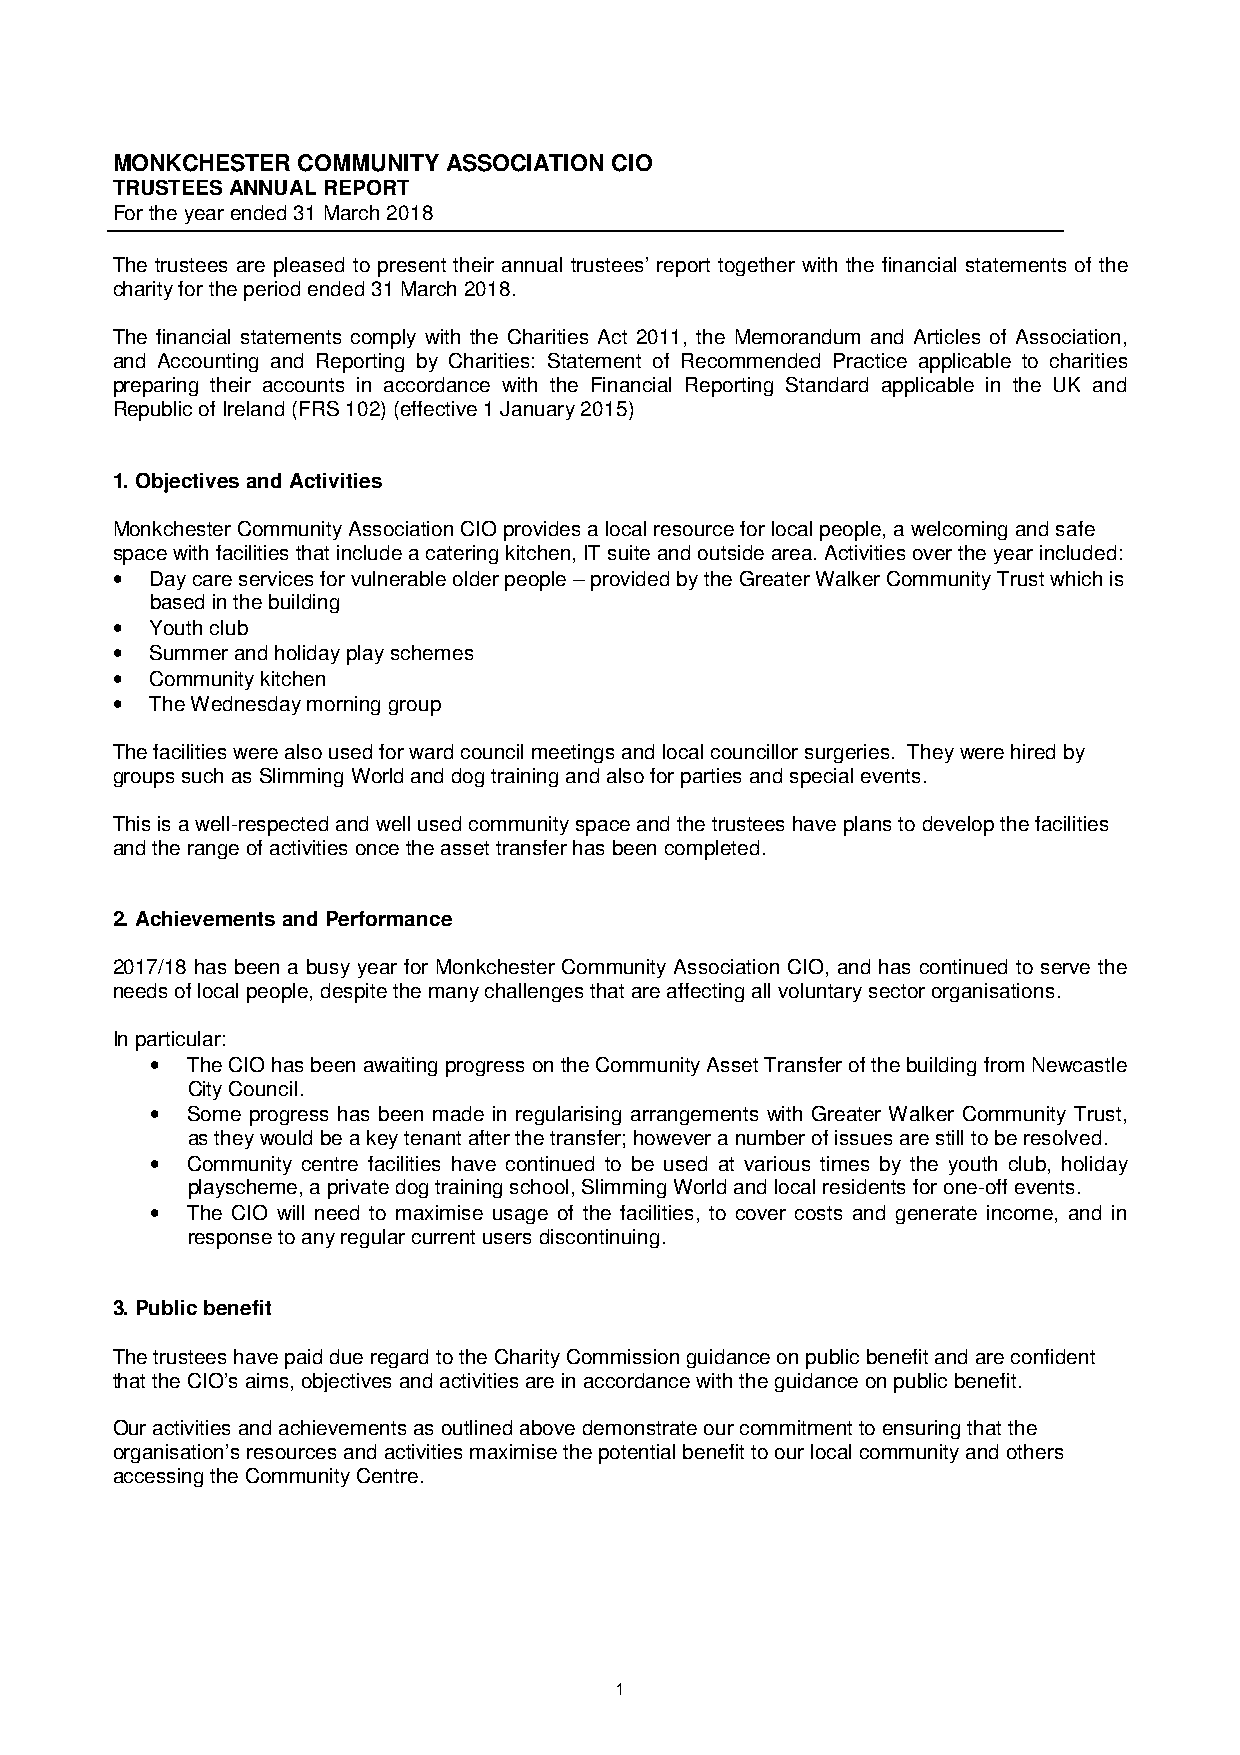
MONKCHESTER  COMMUNITY ASSOCIATION CIO
 TRUSTEES ANNUAL REPORT
 For the year ended 31 March 2018
 The trustees are pleased to present their annual trustees’ report together with the financial statements of the
 charity for the period ended 31 March 2018.
 The financial statements comply with the Charities Act 2011, the Memorandum and Articles of Association,
 and Accounting and Reporting by Charities: Statement of Recommended Practice applicable to charities
 preparing their accounts in accordance with the Financial Reporting Standard applicable in the UK and
 Republic of Ireland (FRS 102) (effective 1 January 2015)
 1. Objectives and Activities
 Monkchester Community Association CIO provides a local resource for local people, a welcoming and safe
 space with facilities that include a catering kitchen, IT suite and outside area. Activities over the year included:
 •  Day care services for vulnerable older people – provided by the Greater Walker Community Trust which is
 based in the building
 •  Youth club
 •  Summer and holiday play schemes
 •  Community kitchen
 •  The Wednesday morning group
 The facilities were also used for ward council meetings and local councillor surgeries. They were hired by
 groups such as Slimming World and dog training and also for parties and special events.
 This is a well-respected and well used community space and the trustees have plans to develop the facilities
 and the range of activities once the asset transfer has been completed.
 2. Achievements and Performance
 2017/18 has been a busy year for Monkchester Community Association CIO, and has continued to serve the
 needs of local people, despite the many challenges that are affecting all voluntary sector organisations.
 In particular:
 • The CIO has been awaiting progress on the Community Asset Transfer of the building from Newcastle
 City Council.
 • Some progress has been made in regularising arrangements with Greater Walker Community Trust,
 as they would be a key tenant after the transfer; however a number of issues are still to be resolved.
 • Community centre facilities have continued to be used at various times by the youth club, holiday
 playscheme, a private dog training school, Slimming World and local residents for one-off events.
 • The CIO will need to maximise usage of the facilities, to cover costs and generate income, and in
 response to any regular current users discontinuing.
 3. Public benefit
 The trustees have paid due regard to the Charity Commission guidance on public benefit and are confident
 that the CIO’s aims, objectives and activities are in accordance with the guidance on public benefit.
 Our activities and achievements as outlined above demonstrate our commitment to ensuring that the
 organisation’s resources and activities maximise the potential benefit to our local community and others
 accessing the Community Centre.
 1